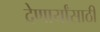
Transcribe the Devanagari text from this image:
देणार्यांसाठी